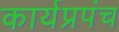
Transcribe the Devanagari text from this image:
कार्यप्रपंच